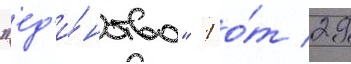
"ед'и́нство" 1 о́т 29